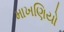
માખણિયો